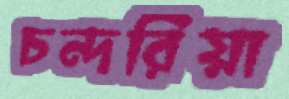
চন্দরিয়া